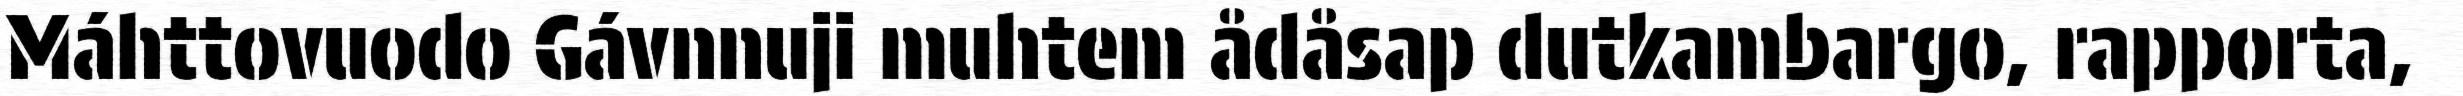
Máhttovuodo Gávnnuji muhtem ådåsap dutkambargo, rapporta,